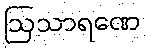
ဩသာရဏေ